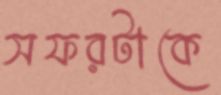
সফরটাকে